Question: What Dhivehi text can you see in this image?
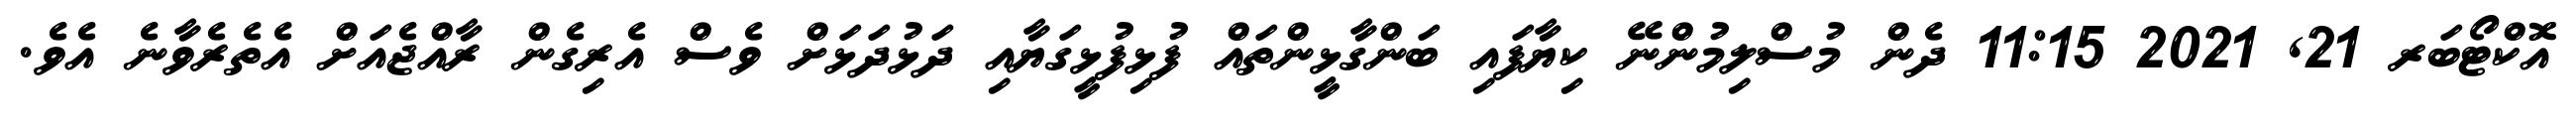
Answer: އޮކްޓޯބަރ 21, 2021 11:15 ދެން މުސްލިމުންނޭ ކިޔާފައި ބަންގާޅީންތައް ފުޅިފުޅީގަޔާއި ދަޅުދަޅަށް ވެސް އެރިގެން ރާއްޖެއަށް އެތެރެވާނެ އެވެ.